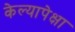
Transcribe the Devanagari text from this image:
केल्यापेक्षा